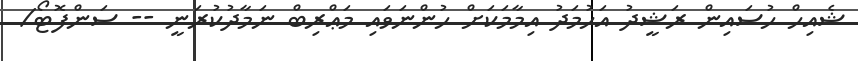
ޝެއިހް ހުސައިން ރަޝީދު އަހުމަދު އިމާމަކަށް ހުންނަވައި މަޢްރިބް ނަމާދުކުރަނީ -- ސަންފޮޓޯ/